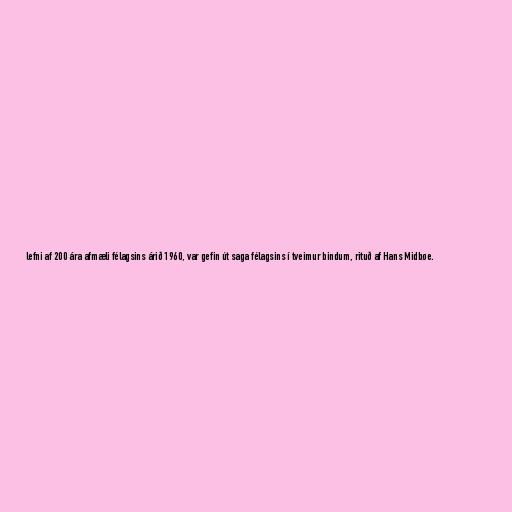
lefni af 200 ára afmæli félagsins árið 1960, var gefin út saga félagsins í tveimur bindum, rituð af Hans Midbøe.